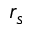
r _ { s }